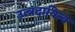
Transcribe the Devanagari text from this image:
उत्त्रदायित्व